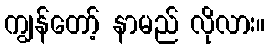
ကျွန်တော့် နာမည် လိုလား။